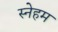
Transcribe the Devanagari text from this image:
स्नेहम